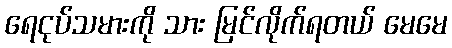
ရေငုပ်သမားကို သား မြင်လိုက်ရတယ် မေမေ